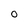
Character: 0